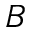
B